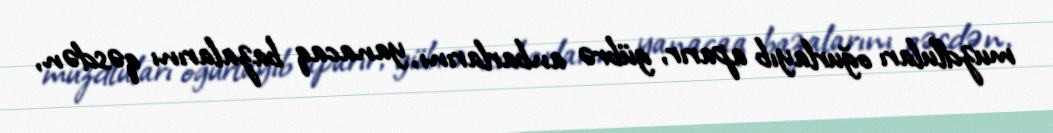
muzdluları oğurlayıb aparır, gübrə anbarlarını, yanacaq bazalarını qəsdən,